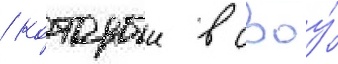
/ которыи в своу́